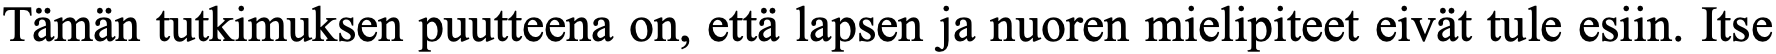
Tämän tutkimuksen puutteena on, että lapsen ja nuoren mielipiteet eivät tule esiin. Itse